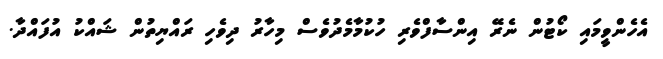
އެހެންވީމައި ކޯޓުން ނެރޭ އިންސާފްވެރި ހުކުމާމެދުވެސް މިހާރު ދިވެހި ރައްޔިތުން ޝައްކު އުފައްދާ.